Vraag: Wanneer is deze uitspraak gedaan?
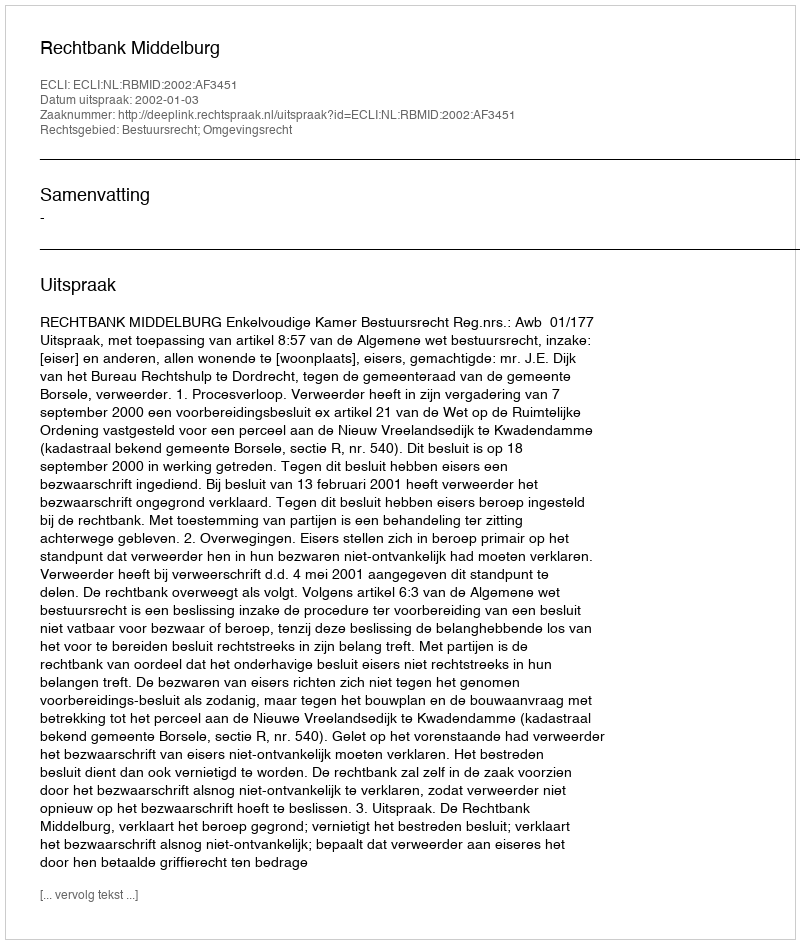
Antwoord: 2002-01-03